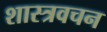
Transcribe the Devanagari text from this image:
शास्त्रवचन